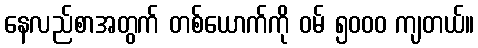
နေလည်စာအတွက် တစ်ယောက်ကို ဝမ် ၅၀၀၀ ကျတယ်။